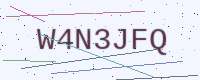
Text: W4N3JFQ